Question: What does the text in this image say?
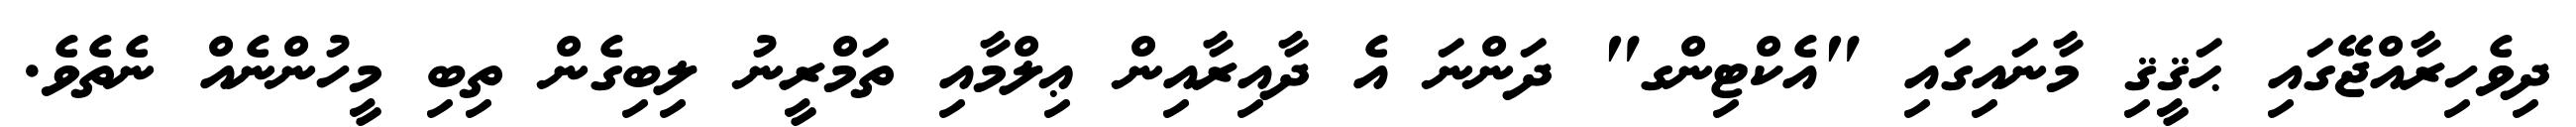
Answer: ދިވެހިރާއްޖޭގައި ޙަޤީޤި މާނައިގައި "އެކްޓިންގ" ދަންނަ އެ ދާއިރާއިން ޢިލްމާއި ތަމްރީނު ލިބިގެން ތިބި މީހުންނެއް ނެތެވެ.